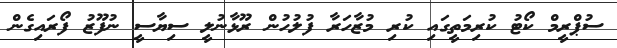
ސުޕްރީމް ކޯޓު ކުރިމަތީގައި ކުރި މުޒާހަރާ ފުލުހުން ރޫޅާނުލީ ސިޔާސީ ނުފޫޒު ފޯރައިގެން